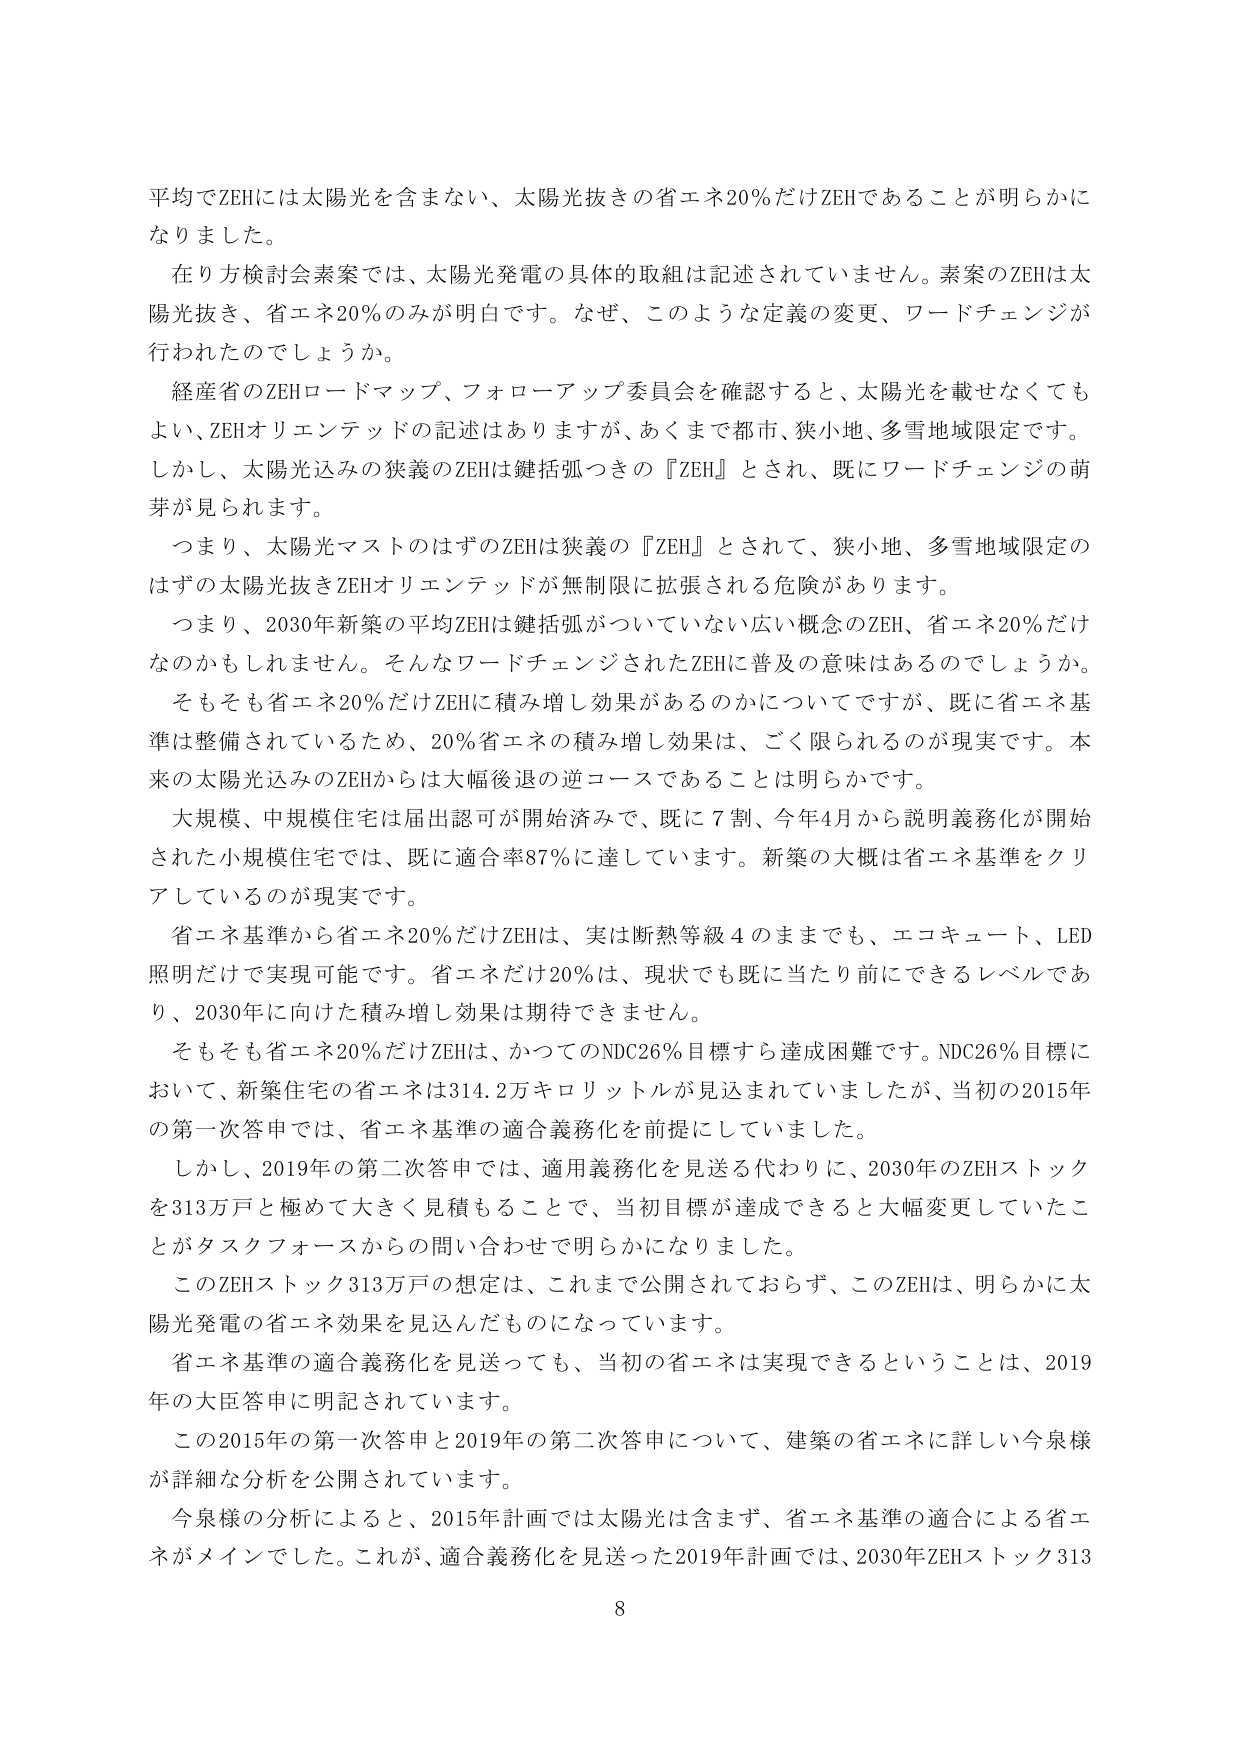
平均でZEHには太陽光を含まない、太陽光抜きの省エネ20％だけZEHであることが明らかになりました。

在り方検討会素案では、太陽光発電の具体的取組は記述されていません。素案のZEHは太陽光抜き、省エネ20％のみが明白です。なぜ、このような定義の変更、ワードチェンジが行われたのでしょうか。

経産省のZEHロードマップ、フォローアップ委員会を確認すると、太陽光を載せなくてもよい、ZEHオリエンテッドの記述はありますが、あくまで都市、狭小地、多雪地域限定です。しかし、太陽光込みの狭義のZEHは鍵括弧つきの『ZEH』とされ、既にワードチェンジの萌芽が見られます。

つまり、太陽光マストのはずのZEHは狭義の『ZEH』とされて、狭小地、多雪地域限定のはずの太陽光抜きZEHオリエンテッドが無制限に拡張される危険があります。

つまり、2030年新築の平均ZEHは鍵括弧がついていない広い概念のZEH、省エネ20％だけなのかもしれません。そんなワードチェンジされたZEHに普及の意味はあるのでしょうか。

そもそも省エネ20％だけZEHに積み増し効果があるのかについてですが、既に省エネ基準は整備されているため、20％省エネの積み増し効果は、ごく限られるのが現実です。本来の太陽光込みのZEHからは大幅後退の逆コースであることは明らかです。

大規模、中規模住宅は届出認可が開始済みで、既に7割、今年4月から説明義務化が開始された小規模住宅では、既に適合率87％に達しています。新築の大概は省エネ基準をクリアしているのが現実です。

省エネ基準から省エネ20％だけZEHは、実は断熱等級4のままでも、エコキュート、LED照明だけで実現可能です。省エネだけ20％は、現状でも既に当たり前ができるレベルであり、2030年に向けた積み増し効果は期待できません。

そもそも省エネ20％だけZEHは、かつてのNDC26％目標すら達成困難です。NDC26％目標において、新築住宅の省エネは314.2万キロリットルが見込まれていましたが、当初の2015年の第一次答申では、省エネ基準の適合義務化を前提にしていました。

しかし、2019年の第二次答申では、適用義務化を見送る代わりに、2030年のZEHストックを313万戸と極めて大きく見積もることで、当初目標が達成できると大幅変更していたことがタスクフォースからの問い合わせで明らかになりました。

このZEHストック313万戸の想定は、これまで公開されておらず、このZEHは、明らかに太陽光発電の省エネ効果を見込んだものになっています。

省エネ基準の適合義務化を見送っても、当初の省エネは実現できるということは、2019年の大臣答申に明記されています。

この2015年の第一次答申と2019年の第二次答申について、建築の省エネに詳しい今泉様が詳細な分析を公開されています。

今泉様の分析によると、2015年計画では太陽光は含まず、省エネ基準の適合による省エネがメインでした。これが、適合義務化を見送った2019年計画では、2030年ZEHストック313

8